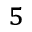
^ 5